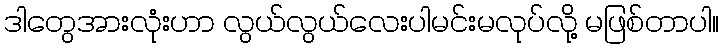
ဒါတွေအားလုံးဟာ လွယ်လွယ်လေးပါမင်းမလုပ်လို့ မဖြစ်တာပါ။